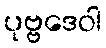
ပုဗ္ဗဒေဝါ